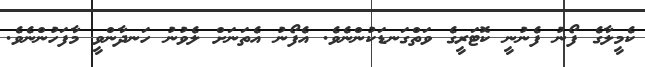
ކެމީލާގެ ފޯނު ފެނުނީ ކޮޓަރީގެ ވަތްގަނޑަކުންނެވެ. އެފޯނު އެތަނަށް ލެވުނު ހަނދާންވީ މާފަހުންނެވެ.